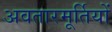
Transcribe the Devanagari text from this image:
अवतारमूर्तियों